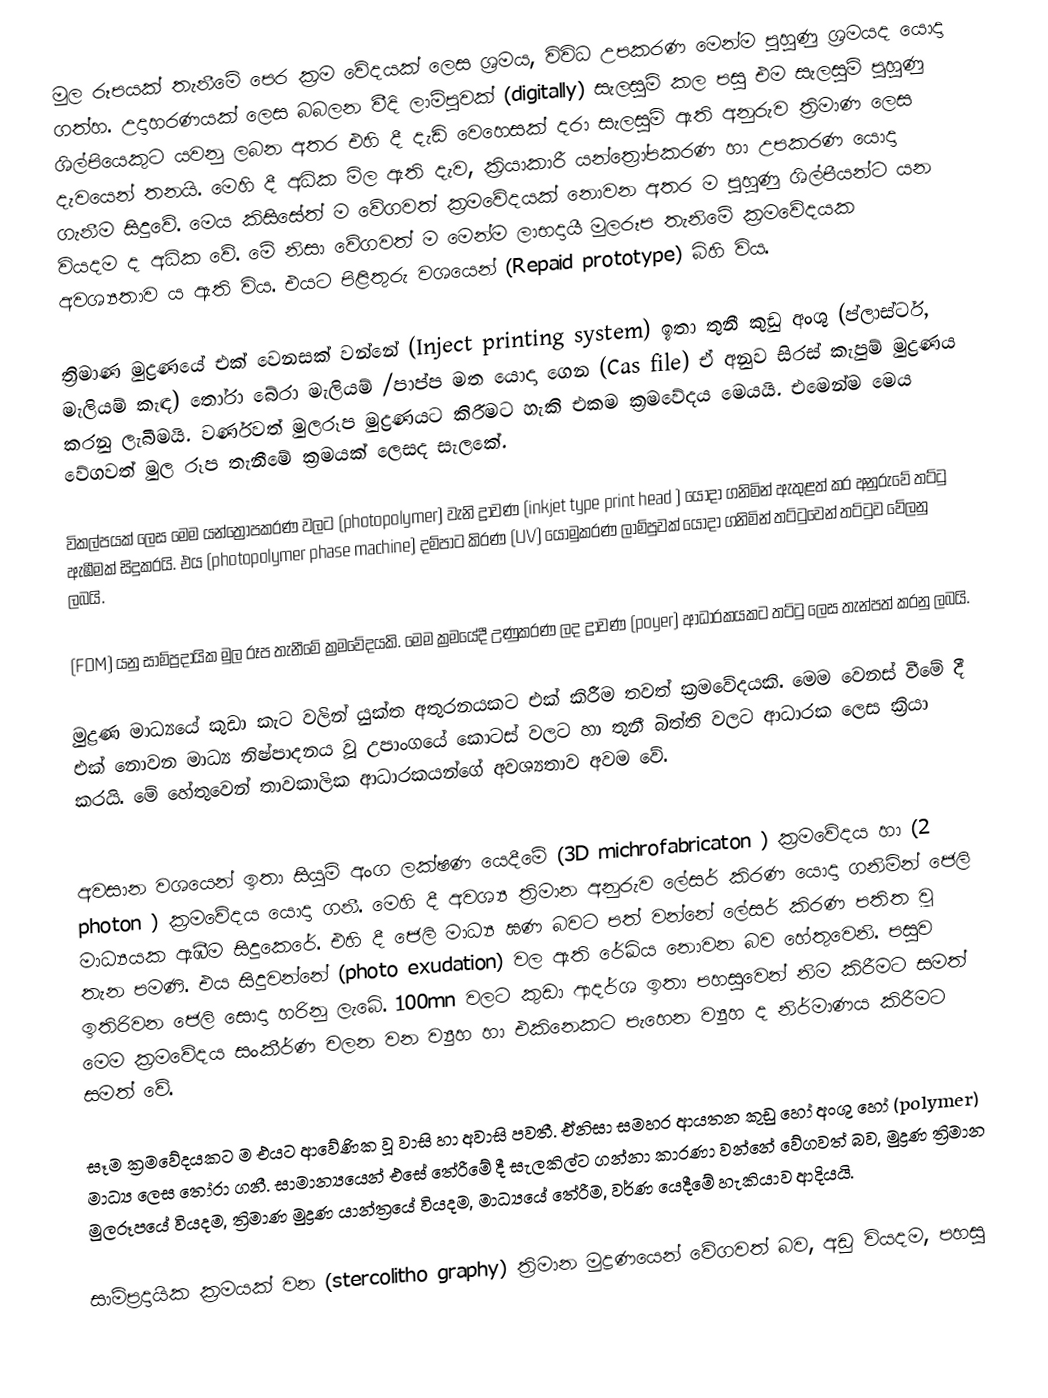
මුල රූපයක් තැනීමේ පෙර ක්‍රම වේදයක් ලෙස ශ්‍රමය, විවිධ උපකරණ මෙන්ම පුහුණු ශ්‍රමයද යොදා ගත්හ. උදාහරණයක් ලෙස බබලන වීදි ලාම්පුවක්   (digitally) සැලසුම් කල පසු එම සැලසුම් පුහුණු ශිල්පියෙකු‍ට  යවනු ලබන අතර එහි දී දැඩි වෙහෙසක් දරා  සැලසුම් ඇති අනුරුව ත්‍රිමාණ ලෙස දැවයෙන් තනයි. මෙහි දී අධික මිල ඇති දැව, ක්‍රියාකාරී යන්ත්‍රෝපකරණ හා උපකරණ යොදා ගැනීම සිදුවේ. මෙය කිසිසේත් ම වේගවත් ක්‍රමවේදයක් නොවන අතර ම පුහුණු ශිල්පීයන්ට යන වියදම ද අධික වේ. මේ නිසා වේගවත් ම මෙන්ම ලාභදායී මුලරූප තැනිමේ ක්‍රමවේදයක අවශ්‍යතාව ය ඇති විය. එයට පිළිතුරු වශයෙන්  (Repaid prototype) බිහි විය.

ත්‍රිමාණ මුද්‍රණයේ එක් වෙනසක් වන්නේ  (Inject printing system) ඉතා තුනී කුඩු අංශු (ප්ලාස්ටර්, මැලියම් කැඳ) තෝරා බේරා මැලියම් /පාප්ප මත යොදා ගෙන  (Cas file) ඒ අනුව සිරස් කැපුම්  මුද්‍රණය කරනු ලැබීමයි. වර්ණවත් මුලරූප  මුද්‍රණයට කිරීමට හැකි එකම ක්‍රමවේදය මෙයයි. ‍එමෙන්ම මෙය වේගවත් මුල රූප තැනීමේ ක්‍රමයක්  ලෙසද සැලකේ.

විකල්පයක් ලෙස මෙම යන්ත්‍රෝපකරණ වලට  (photopolymer) වැනි ද්‍රාවණ  (inkjet type print head ) යොදා ගනිමින් ඇතුළත් කර අනුරුවේ තට්ටු ඇඹීමක් සිදුකරයි.  එය  (photopolymer phase machine) දම්පාට කිරණ (UV) යොමුකරණ ලාම්පුවක් යොදා ගනිමින් තට්ටුවෙන් තට්ටුව වේලනු ලබයි.

(FDM) යනු සාම්ප්‍රදායික මුල රූප තැනීමේ ක්‍රමවේදයකි. මෙම ක්‍රමයේදී උණුකරණ ලද ද්‍රාවණ (poyer) ආධාරකයකට තට්ටු ලෙස තැන්පත් කරනු ලබයි.

මුද්‍රණ මාධ්‍යයේ කුඩා කැට වලින් යුක්ත අතුරනයකට  එක් කිරීම තවත් ක්‍රමවේදයකි. මෙම වෙනස් වීමේ දී එක් නොවන මාධ්‍ය නිෂ්පාදනය වූ උපාංගයේ කොටස් වලට හා තුනී බිත්ති වලට ආධාරක ලෙස ක්‍රියා කරයි.  මේ හේතුවෙන් තාවකාලික ආධාරකයන්ගේ අවශ්‍යතාව අවම වේ.

අවසාන වශයෙන් ඉතා සියුම්  අංග ලක්ෂණ යෙදීමේ   (3D michrofabricaton ) ක්‍රමවේදය හා (2 photon )  ක්‍රමවේදය යොදා ගනී. මෙහි දී අවශ්‍ය ත්‍රිමාන අනුරුව ලේසර් කිරණ යොදා ගනිමින් ජෙලි මාධ්‍යයක ඇඹීම සිදුකෙරේ.  එහි දී ජෙලි මාධ්‍ය ඝණ බවට පත් වන්නේ ලේසර් කිරණ පතිත වූ තැන පමණි. එය සිදුවන්නේ (photo exudation)  වල ඇති  රේඛිය නොවන බව හේතුවෙනි. පසුව ඉතිරිවන ජෙලි ‍සොදා හරිනු ලැබේ. 100mn වලට කුඩා ආදර්ශ ඉතා පහසුවෙන් නිම කිරීමට සමත් මෙම ක්‍රමවේදය සංකීර්ණ චලන වන ව්‍යුහ හා එකිනෙකට පැහෙන ව්‍යුහ ද නිර්මාණය කිරීමට  සමත් වේ.

සෑම ක්‍රම‍වේදයකට ම එයට ආවේණික වූ වාසි හා අවාසි පවතී. ඒනිසා සමහර ආයතන කුඩු හෝ අංශු හෝ  (polymer) මාධ්‍ය ලෙස තෝරා ගනී. සාමාන්‍යයෙන් එසේ තේරීමේ දී සැලකිල්ට ගන්නා කාරණා වන්නේ වේගවත් බව, මුද්‍රණ ත්‍රිමාන මුලරූපයේ වියදම, ත්‍රිමාණ මුද්‍රණ යාන්ත්‍රයේ වියදම, මාධ්‍යයේ තේරීම, වර්ණ යෙදීමේ හැකියාව ආදියයි.

සාම්ප්‍රදායික ක්‍රමයක් වන  (stercolitho graphy)  ත්‍රිමාන මුද්‍රණයෙන් වේගවත් බව, අඩු වියදම, පහසු